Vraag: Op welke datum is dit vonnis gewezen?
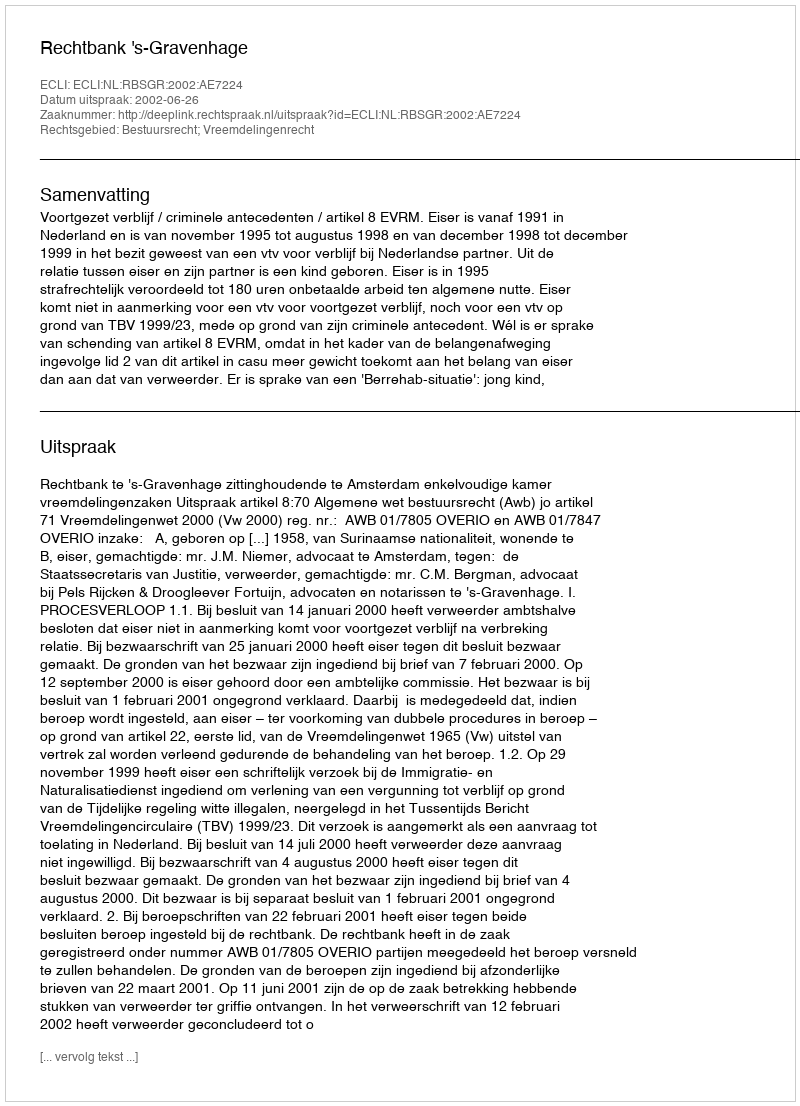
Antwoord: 2002-06-26